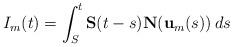
LaTeX: \begin{align*} I_m(t) = \int_S^t \mathbf S(t-s) \mathbf N(\mathbf u_m(s)) \, ds\end{align*}